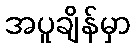
အပူချိန်မှာ